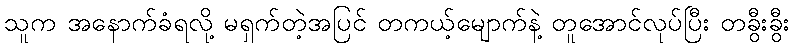
သူက အနောက်ခံရလို့ မရှက်တဲ့အပြင် တကယ့်မျောက်နဲ့ တူအောင်လုပ်ပြီး တခွီးခွီး